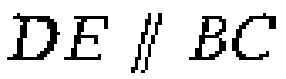
\(DE \parallel BC\)